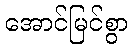
အောင်မြင်စွာ